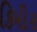
કિમી૨